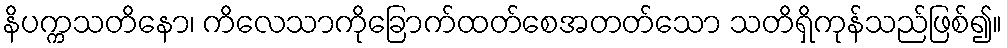
နိပက္ကသတိနော၊ ကိလေသာကိုခြောက်ထတ်စေအတတ်သော သတိရှိကုန်သည်ဖြစ်၍။